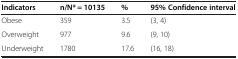
<table><thead><tr><td><b>Indicators</b></td><td><b>n/N* = 10135</b></td><td><b>%</b></td><td><b>95% Confidence interval</b></td></tr></thead><tbody><tr><td>Obese</td><td>359</td><td>3.5</td><td>(3, 4)</td></tr><tr><td>Overweight</td><td>977</td><td>9.6</td><td>(9, 10)</td></tr><tr><td>Underweight</td><td>1780</td><td>17.6</td><td>(16, 18)</td></tr></tbody></table>